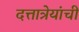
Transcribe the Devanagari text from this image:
दत्तात्रेयांची